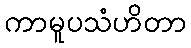
ကာမူပသံဟိတာ